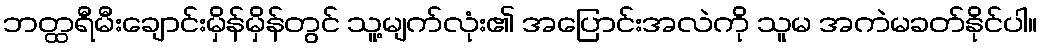
ဘတ္ထရီမီးချောင်းမှိန်မှိန်တွင် သူ့မျက်လုံး၏ အပြောင်းအလဲကို သူမ အကဲမခတ်နိုင်ပါ။